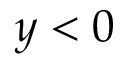
y < 0